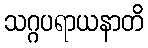
သဂ္ဂပရာယနာတိ